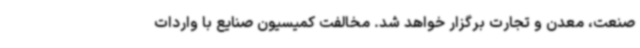
صنعت، معدن و تجارت برگزار خواهد شد. مخالفت کمیسیون صنایع با واردات